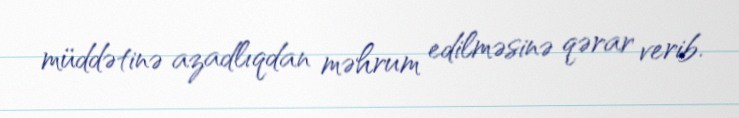
müddətinə azadlıqdan məhrum edilməsinə qərar verib.